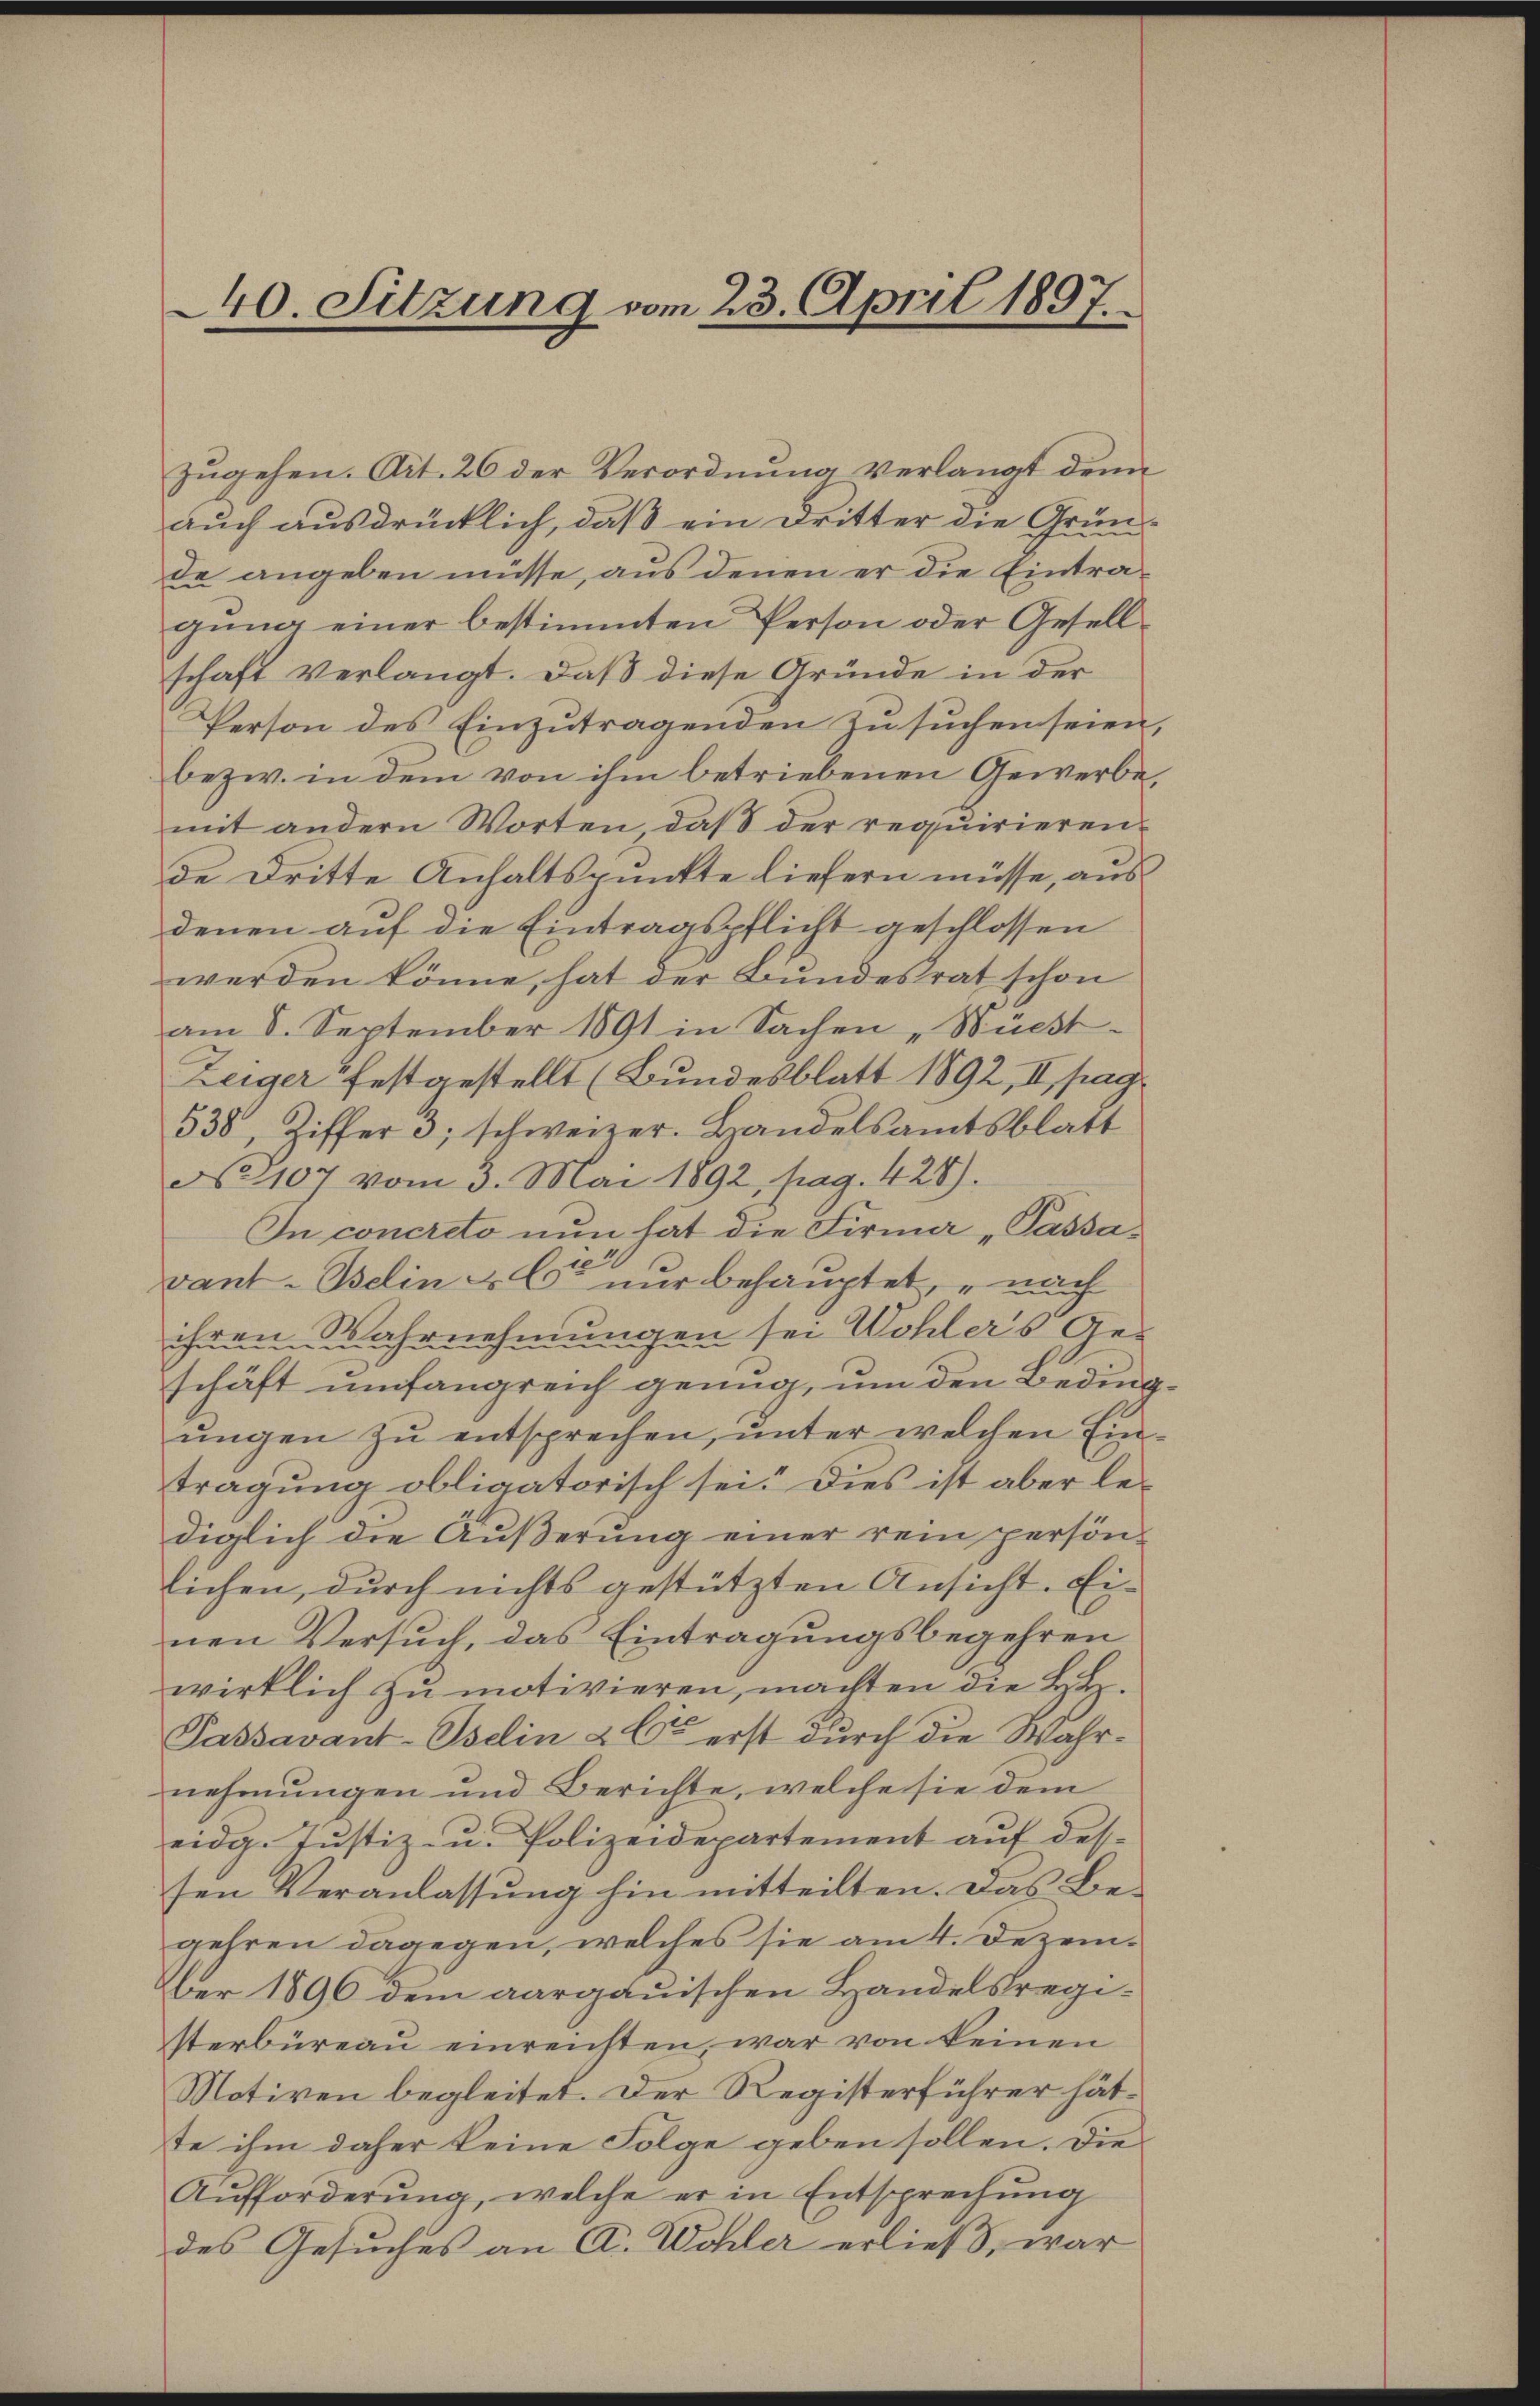
40. Sitzung vom 23. April 1897.

zŭgehen. Art. 26 der Verordnung verlangt dem
auch ausdrücklich, daß ein Dritter die Grundde angeben müsse, aus denen er die Eintragŭng einer bestimmten Person oder Gesell-
schaft verlangt. Daß diese Gründe in der
Person des Einzutragenden zu suchen seien,
bezw. in dem von ihm betriebenen Gewerbe,
mit andern Worten, daß der requirierende Dritte Anhaltspunkte liefern müsse, ausdenen auf die Eintragspflicht geschlossen
werden könne, hat der Bundesrat schon
am 8. September 1891 in Sachen „Wüest¬
Zeiger festgestellt (Bundesblatt 1892, II. pag.
538, Ziffer 3; schweizer. Handelsamtsblatt
No 107 vom 3. Mai 1892, pag. 428).
In concreto nun hat die Firma „Passa¬
2
vant-Bein & Cie nur behauptet, nach
ihren Wahrnehmungen sei Wohler's Ges
schäft umfangreich genug, um den Beding
ŭngen zu entsprechen, unter welchen Eintragung obligatorisch sei. Dies ist aber le-
diglich die Äußerung einer rein persön-
lichen, durch nichts gestützten Ansicht. Ei-
nen Versuch, das Eintragungsbegehren
wirklich zu motivieren, machten die HH
Passavant-Iselin & Co erst durch die Wahrnehmungen und Berichte, welche sie dem
eidg. Justiz- u. Polizeidepartement auf dessen Veranlassung hin mitteilten. Das Be-
gehren dagegen, welches sie am 4. Dezember 1896 dem aargauischen Handelsregisterbüreau einreichten, war von keinen
Motiven begleitet. Der Registerführer hätte ihm daher keine Folge geben sollen. Die
Aŭfforderŭng, welche er in Entsprechŭng
des Gesuches an A. Wohler erließ, war

6